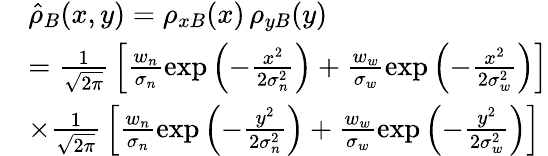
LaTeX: \begin{array}{rl}&{\hat{\rho}_{B}(x,y)=\rho_{xB}(x)\, \rho_{yB}(y)}\\ &{=\frac{1}{\sqrt{2\pi}}\, \left[\frac{w_{n}}{\sigma_{n}}\exp\left(-\frac{x^{2}}{2\sigma_{n}^{2}}\right)+\frac{w_{w}}{\sigma_{w}}\exp\left(-\frac{x^{2}}{2\sigma_{w}^{2}}\right)\right]}\\ &{\times\frac{1}{\sqrt{2\pi}}\, \left[\frac{w_{n}}{\sigma_{n}}\exp\left(-\frac{y^{2}}{2\sigma_{n}^{2}}\right)+\frac{w_{w}}{\sigma_{w}}\exp\left(-\frac{y^{2}}{2\sigma_{w}^{2}}\right)\right]}\end{array}